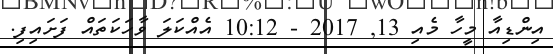
އިންޑިއާ މީހާ މެއި 13